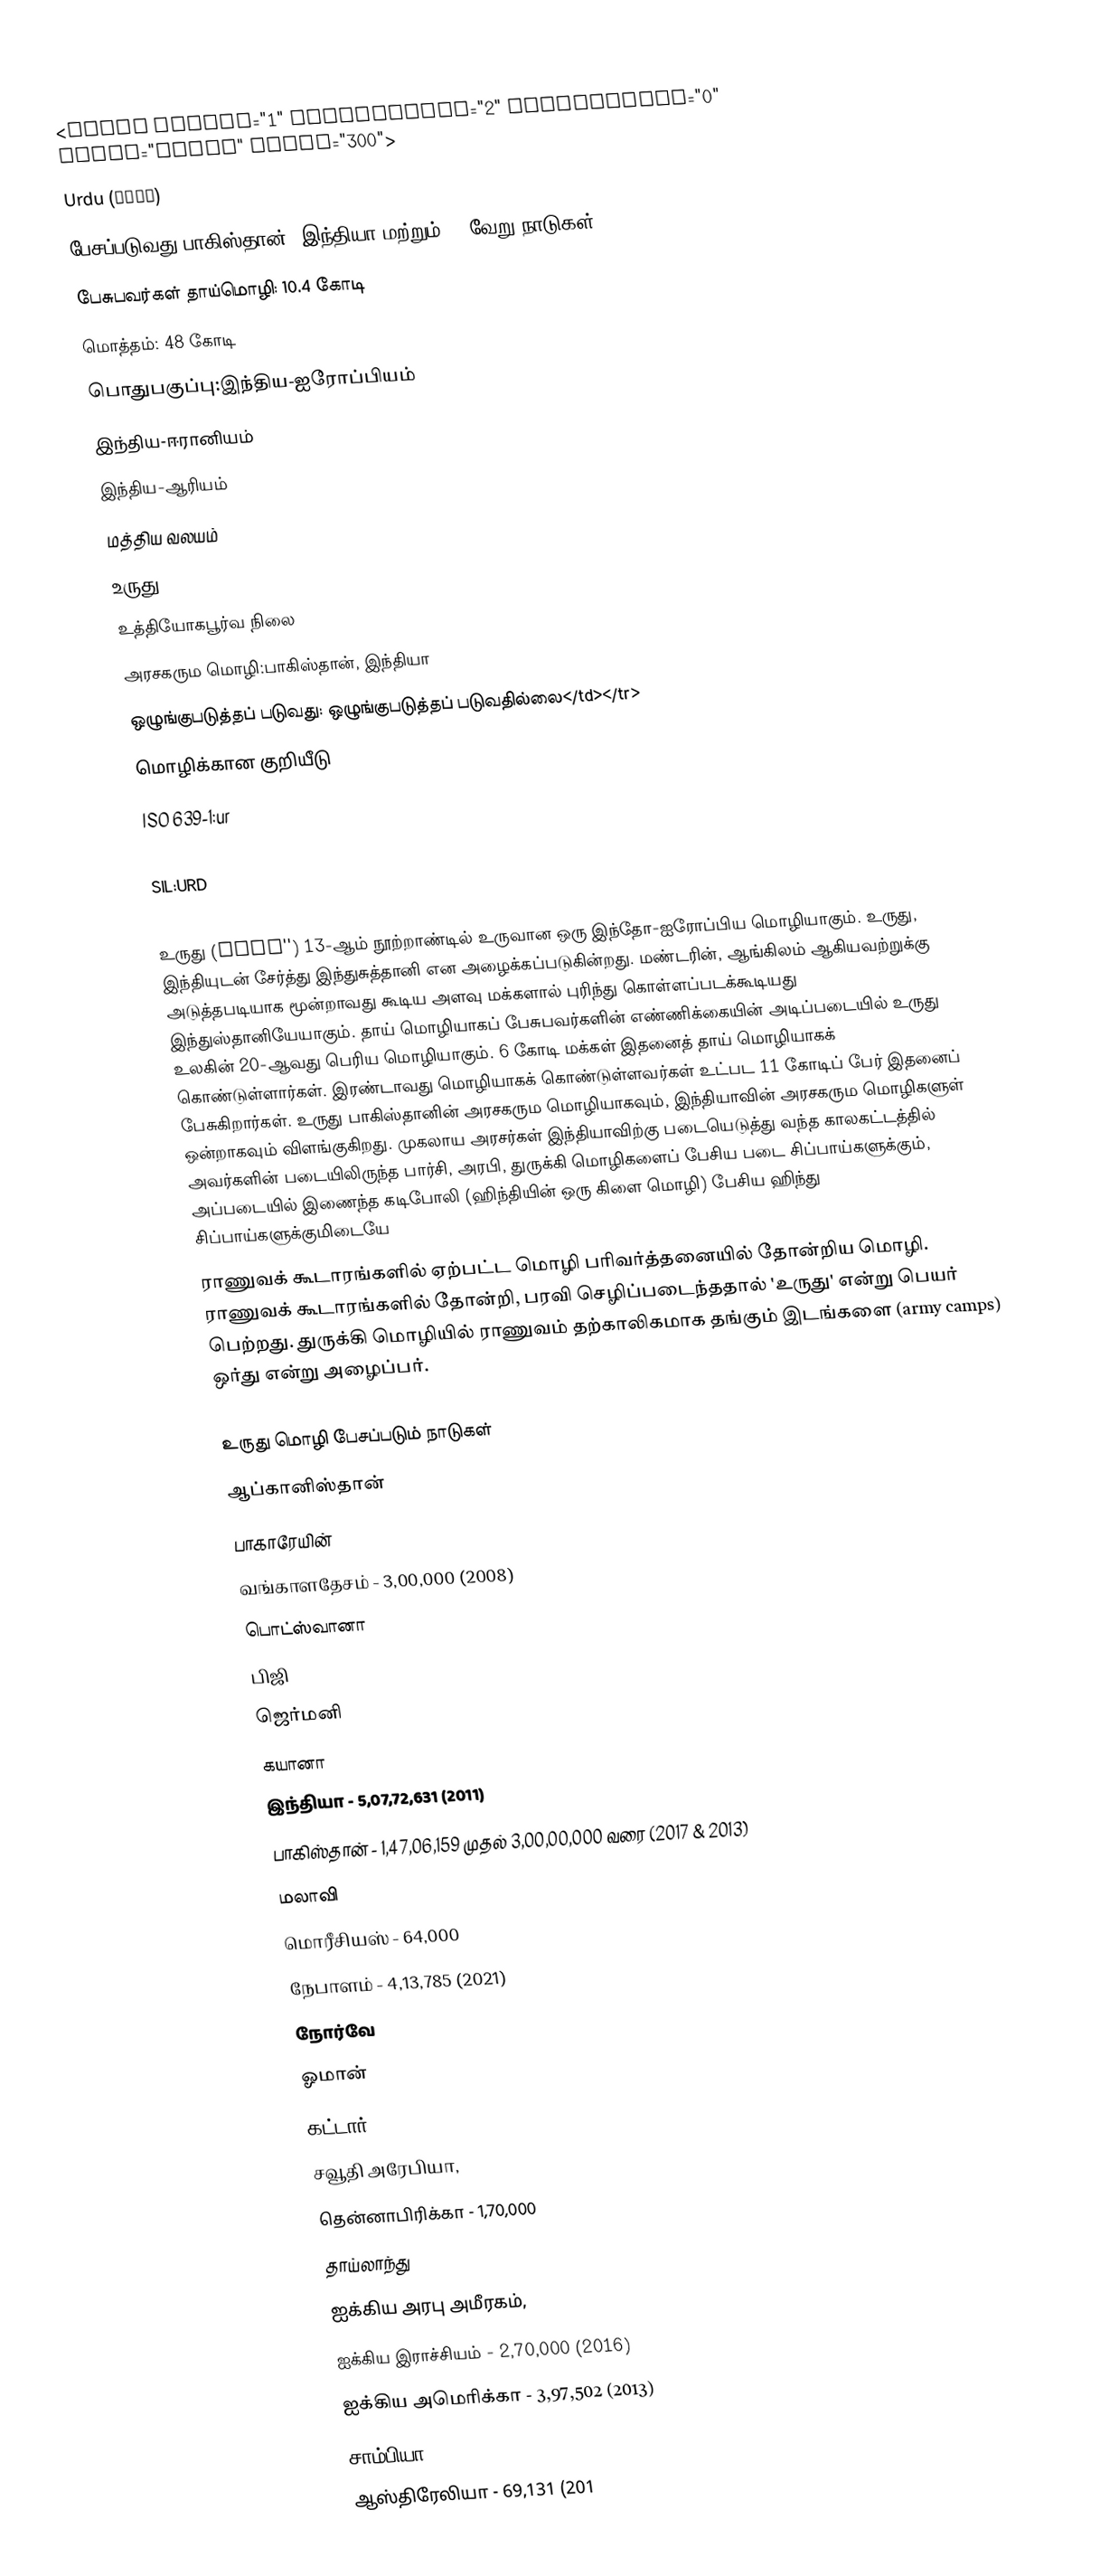
<table border="1" cellpadding="2" cellspacing="0" align="right" width="300">
Urdu (اردو)
பேசப்படுவது:பாகிஸ்தான், இந்தியா மற்றும் 19 வேறு நாடுகள்
பேசுபவர்கள் தாய்மொழி: 10.4 கோடி
மொத்தம்: 48 கோடி
பொதுபகுப்பு:இந்திய-ஐரோப்பியம்
 இந்திய-ஈரானியம்
  இந்திய-ஆரியம்
   மத்திய வலயம்
      உருது
உத்தியோகபூர்வ நிலை
அரசகரும மொழி:பாகிஸ்தான், இந்தியா
ஒழுங்குபடுத்தப் படுவது: ஒழுங்குபடுத்தப் படுவதில்லை</td></tr>
மொழிக்கான குறியீடு
ISO 639-1:ur
ISO 639-2:urd
SIL:URD
</table>
உருது (Urdu'') 13-ஆம் நூற்றாண்டில் உருவான ஒரு இந்தோ-ஐரோப்பிய மொழியாகும். உருது, இந்தியுடன் சேர்த்து இந்துசுத்தானி என அழைக்கப்படுகின்றது. மண்டரின், ஆங்கிலம் ஆகியவற்றுக்கு அடுத்தபடியாக மூன்றாவது கூடிய அளவு மக்களால் புரிந்து கொள்ளப்படக்கூடியது இந்துஸ்தானியேயாகும். தாய் மொழியாகப் பேசுபவர்களின் எண்ணிக்கையின் அடிப்படையில் உருது உலகின் 20-ஆவது பெரிய மொழியாகும். 6 கோடி மக்கள் இதனைத் தாய் மொழியாகக் கொண்டுள்ளார்கள். இரண்டாவது மொழியாகக் கொண்டுள்ளவர்கள் உட்பட 11 கோடிப் பேர் இதனைப் பேசுகிறார்கள். உருது பாகிஸ்தானின் அரசகரும மொழியாகவும், இந்தியாவின் அரசகரும மொழிகளுள் ஒன்றாகவும் விளங்குகிறது. முகலாய அரசர்கள் இந்தியாவிற்கு படையெடுத்து வந்த காலகட்டத்தில் அவர்களின் படையிலிருந்த பார்சி, அரபி, துருக்கி மொழிகளைப் பேசிய படை சிப்பாய்களுக்கும், அப்படையில் இணைந்த கடிபோலி (ஹிந்தியின் ஒரு கிளை மொழி) பேசிய ஹிந்து சிப்பாய்களுக்குமிடையே
ராணுவக் கூடாரங்களில் ஏற்பட்ட மொழி பரிவர்த்தனையில் தோன்றிய மொழி. ராணுவக் கூடாரங்களில் தோன்றி, பரவி செழிப்படைந்ததால் 'உருது' என்று பெயர் பெற்றது. துருக்கி மொழியில் ராணுவம் தற்காலிகமாக தங்கும் இடங்களை (army camps) ஒர்து என்று அழைப்பர்.

 உருது மொழி பேசப்படும் நாடுகள்
 ஆப்கானிஸ்தான்
 பாகாரேயின்
 வங்காளதேசம் - 3,00,000 (2008)
 பொட்ஸ்வானா
 பிஜி
 ஜெர்மனி
 கயானா
 இந்தியா - 5,07,72,631 (2011)
 பாகிஸ்தான் - 1,47,06,159 முதல் 3,00,00,000 வரை (2017 & 2013)
 மலாவி
 மொரீசியஸ் - 64,000
 நேபாளம் - 4,13,785 (2021)
 நோர்வே
 ஓமான்
 கட்டார்
 சவூதி அரேபியா,
 தென்னாபிரிக்கா - 1,70,000
 தாய்லாந்து
 ஐக்கிய அரபு அமீரகம்,
 ஐக்கிய இராச்சியம் - 2,70,000 (2016)
 ஐக்கிய அமெரிக்கா - 3,97,502 (2013)
 சாம்பியா
 ஆஸ்திரேலியா - 69,131 (201